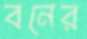
বনের